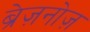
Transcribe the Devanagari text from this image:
ब्रेज़नोज़